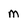
Character: m